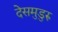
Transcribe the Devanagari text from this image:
देसमुडुरु